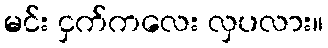
မင်း ငှက်ကလေး လှပလား။